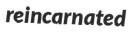
reincarnated